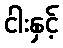
ငါးနှင့်